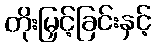
တိုးမြှင့်ခြင်းနှင့်